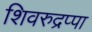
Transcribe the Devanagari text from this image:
शिवरुद्रप्पा